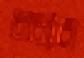
বরার